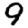
Digit: 9